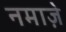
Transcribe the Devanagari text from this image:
नमाज़े